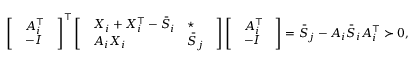
\left[ \begin{array} { l } { \begin{array} { l } { A _ { i } ^ { \top } } \\ { - I } \end{array} } \end{array} \right] ^ { \top } \left[ \begin{array} { l } { \begin{array} { l l } { X _ { i } + X _ { i } ^ { \top } - \bar { S } _ { i } } & { \star } \\ { A _ { i } X _ { i } } & { \bar { S } _ { j } } \end{array} } \end{array} \right] \left[ \begin{array} { l } { \begin{array} { l } { A _ { i } ^ { \top } } \\ { - I } \end{array} } \end{array} \right] = \bar { S } _ { j } - A _ { i } \bar { S } _ { i } A _ { i } ^ { \top } \succ 0 ,